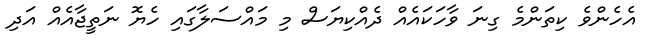
އެހެންވެ ކިތަންމެ ގިނަ ވާހަކައެއް ދެއްކިޔަސް މި މައްސަލާގައި ހެޔޮ ނަތީޖާއެއް އަދި